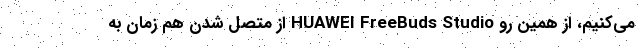
می‌کنیم، از همین رو HUAWEI FreeBuds Studio از متصل شدن هم زمان به